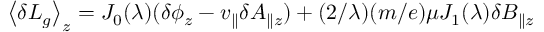
\left\langle \delta L _ { g } \right\rangle _ { z } = J _ { 0 } ( \lambda ) ( \delta \phi _ { z } - v _ { \parallel } \delta A _ { \parallel z } ) + ( 2 / \lambda ) ( m / e ) \mu J _ { 1 } ( \lambda ) \delta B _ { \parallel z }